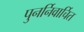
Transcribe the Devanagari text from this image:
पुनर्निवार्चित